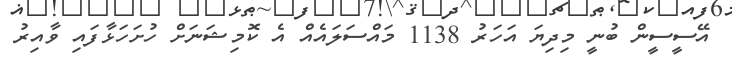
އޭސީސީން ބުނީ މިދިޔަ އަހަރު 1138 މައްސަލައެއް އެ ކޮމިޝަނަށް ހުށަހަޅާފައި ވާއިރު